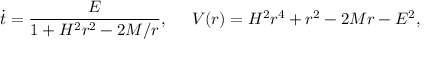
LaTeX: \dot { t } = \frac { E } { 1 + H ^ { 2 } r ^ { 2 } - 2 M / r } , \; \; \; \; \; V ( r ) = H ^ { 2 } r ^ { 4 } + r ^ { 2 } - 2 M r - E ^ { 2 } ,